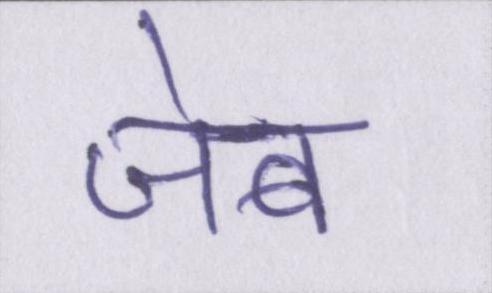
जेब